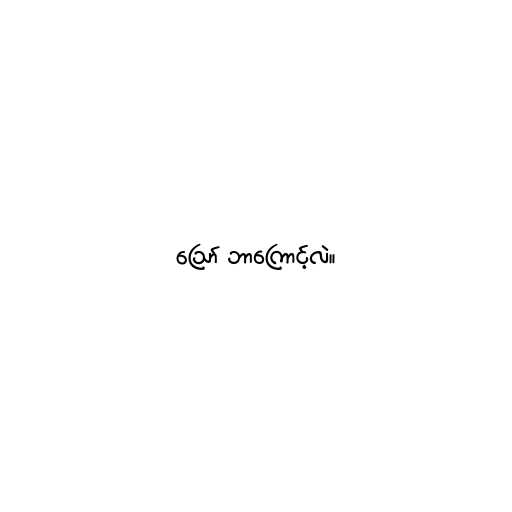
ဪ ဘာကြောင့်လဲ။